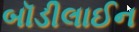
બૉડીલાઈન